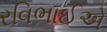
રવિભાઈએ